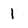
Character: 1